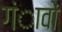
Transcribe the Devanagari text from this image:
गंावों